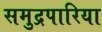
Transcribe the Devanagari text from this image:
समुद्रपारिया